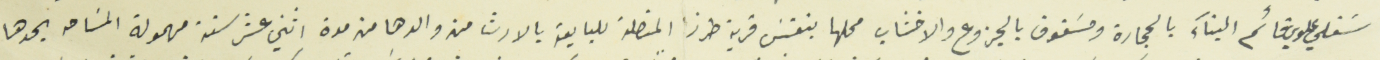
سَفلي علوي قائم البنآء بالحجارة ومسَقوف بالجزوع والاخشاب محلها بنفسَ قرية طرزا المتصلة للبايعة بالارث من والدها من مدة اثني عشر سنة مهمولة المسَاحه يحدها